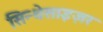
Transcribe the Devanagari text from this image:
सिन्थेसाइज़र